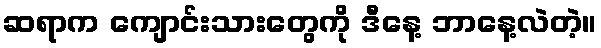
ဆရာက ကျောင်းသားတွေကို ဒီနေ့ ဘာနေ့လဲတဲ့။